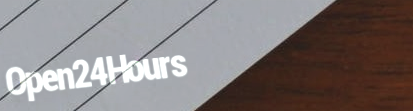
Open24Hours